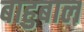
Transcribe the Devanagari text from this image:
बाहुबाल